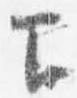
下